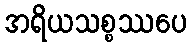
အရိယသစ္စဿပေ